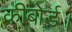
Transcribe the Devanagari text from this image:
कीबोर्ड।